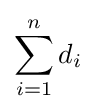
\sum _{i=1}^{n}d_{i}